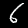
Digit: 6